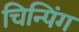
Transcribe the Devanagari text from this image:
चिन्पिंग